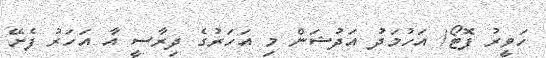
ހަވީރު ފޮޓޯ/ އަހުމަދު އަދުޝަން މި އަހަރުގެ ދިރާސީ އާ އަހަރު ފެށޭ